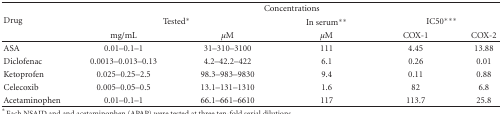
| <ROWSPAN=3> Drug | <COLSPAN=5> Concentrations |
 | <COLSPAN=2> Tested* | In serum** | <COLSPAN=2> IC50*** |
 | mg/mL | μM | μM | COX-1 | COX-2 |
 | --- | --- | --- | --- | --- | --- |
 | ASA | 0.01–0.1–1 | 31–310–3100 | 111 | 4.45 | 13.88 |
 | Diclofenac | 0.0013–0.013–0.13 | 4.2–42.2–422 | 6.1 | 0.26 | 0.01 |
 | Ketoprofen | 0.025–0.25–2.5 | 98.3–983–9830 | 9.4 | 0.11 | 0.88 |
 | Celecoxib | 0.005–0.05–0.5 | 13.1–131–1310 | 1.6 | 82 | 6.8 |
 | Acetaminophen | 0.01–0.1–1 | 66.1–661–6610 | 117 | 113.7 | 25.8 |